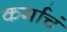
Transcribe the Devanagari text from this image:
कर्माचं